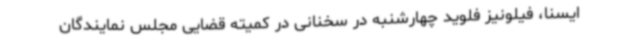
ایسنا، فیلونیز فلوید چهارشنبه در سخنانی در کمیته قضایی مجلس نمایندگان